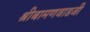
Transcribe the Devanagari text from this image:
श्रीबामणवाडजी